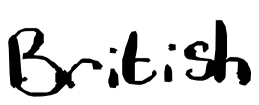
Text: British
Cross-out: clean
Writing tool: digital_black